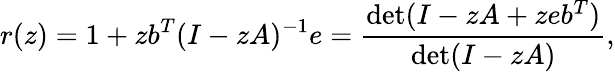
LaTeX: r(z)=1+zb^{T}(I-zA)^{-1}e={\frac{\operatorname*{det}(I-zA+zeb^{T})}{\operatorname*{det}(I-zA)}},